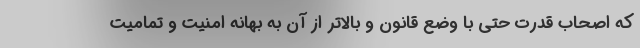
که اصحاب قدرت حتی با وضع قانون و بالاتر از آن به بهانه امنیت و تمامیت